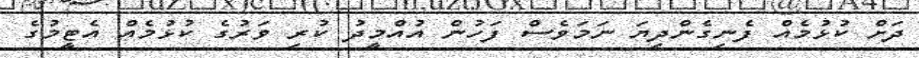
ދަށް ކުޅުމެއް ފެނިގެންދިޔަ ނަމަވެސް ފަހުން އުއްމީދު ކުރި ވަރުގެ ކުޅުމެއް އެޓީމުގެ